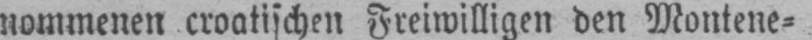
nommenen croatischen Freiwilligen den Montene⸗